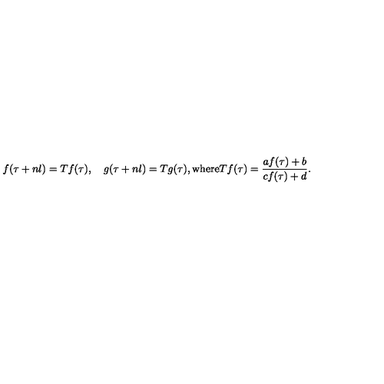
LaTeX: f ( \tau + n l ) = T f ( \tau ) , \quad g ( \tau + n l ) = T g ( \tau ) , \mathrm { w h e r e } T f ( \tau ) = \frac { a f ( \tau ) + b } { c f ( \tau ) + d } .